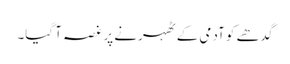
گدھے کو آدمی کے ٹھہرنے پر غصہ آ گیا۔